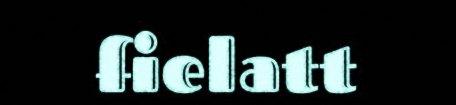
fielatt